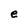
Character: e